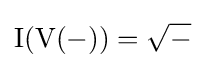
\operatorname {I} (\operatorname {V} (-))={\sqrt {-}}